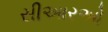
સીઆરઓ